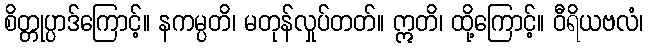
စိတ္တုပ္ပာဒ်ကြောင့်။ နကမ္ပတိ၊ မတုန်လှုပ်တတ်။ ဣတိ၊ ထို့ကြောင့်။ ဝီရိယဗလံ၊